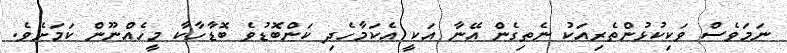
ނަމަވެސް ވަކިކުޅުންތެރިއަކު ނެތިގެން އޭނާ އަކީ އެކަމާހެދި ކަންބޮޑުވެ ބޮޑާހާކާ މީހެއްނޫން ކަމަށެވެ.